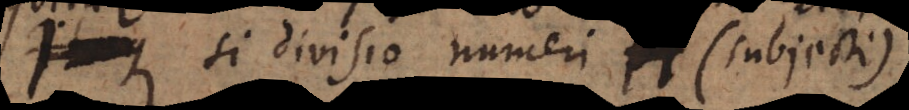
si divisio numeri H (subjecti)